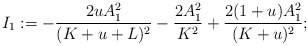
\begin{align*}I_1:=-\frac{2uA_1^2}{(K+u+L)^2}-\frac{2A_1^2}{K^2}+\frac{2(1+u)A_1^2}{(K+u)^2};\end{align*}